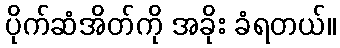
ပိုက်ဆံအိတ်ကို အခိုး ခံရတယ်။